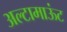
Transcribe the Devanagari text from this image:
अल्टामाऊंट